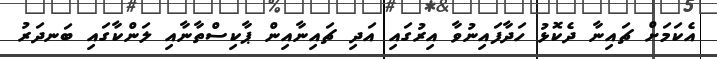
އެކަމަށް ޗައިނާ ދެކޮޅު ހަދާފައިނުވާ އިރުގައި އަދި ޗައިނާއިން ޕާކިސްތާނާއި ލަންކާގައި ބަނދަރު